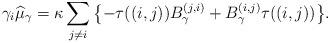
LaTeX: \begin{align*}\gamma_{i}\widehat{\mu}_{\gamma}=\kappa\sum_{j\neq i}\big\{{-}\tau ((i,j)) B_{\gamma}^{(j,i) }+B_{\gamma}^{(i,j) }\tau((i,j)) \big\}.\end{align*}